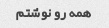
همه رو نوشتم